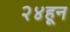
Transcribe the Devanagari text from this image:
२४हून